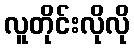
လူတိုင်းလိုလို